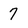
Character: 7